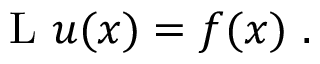
\operatorname { L } \, u ( x ) = f ( x ) ~ .